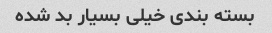
بسته بندی خیلی بسیار بد شده